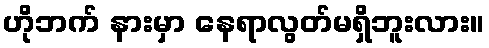
ဟိုဘက် နားမှာ နေရာလွတ်မရှိဘူးလား။